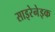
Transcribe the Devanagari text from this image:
साइरेनेइक